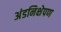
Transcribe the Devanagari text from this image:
अंडनिक्षेपण